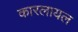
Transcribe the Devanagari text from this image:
कारलायल